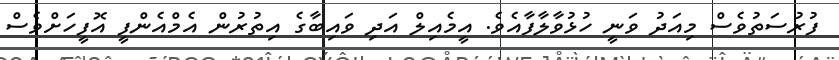
ފުރުސަތުވެސް މިއަދު ވަނީ ހުޅުވާލާފާއެވެ. އީީމެއިލް އަދި ވައިބާގެ އިތުރުން އެމްއެންފީ އޮފީހަށްވެސް